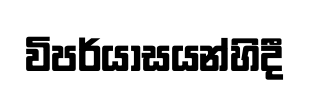
විපර්යාසයන්හිදී